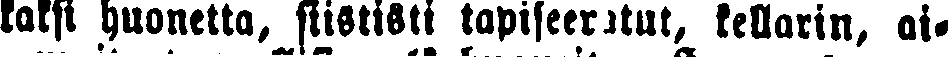
kaksi huonetta, siististi tapiseeritut, kellarin, ai-